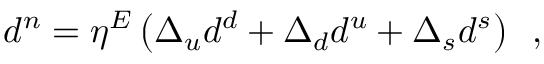
d ^ { n } = \eta ^ { E } \left( \Delta _ { u } d ^ { d } + \Delta _ { d } d ^ { u } + \Delta _ { s } d ^ { s } \right) \enspace ,